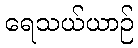
ရေသယ်ယာဉ်